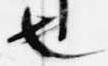
也